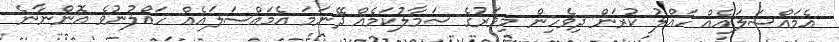
އެމައްސަލައެއް ހައްލު ކުރަން ދިވެހިން މިވަރުގެ ސަމާލުކަމެއް ދޭނަމަ އެމައްސަލައެއް ހައްލުނުވެ އޮންނާނެ